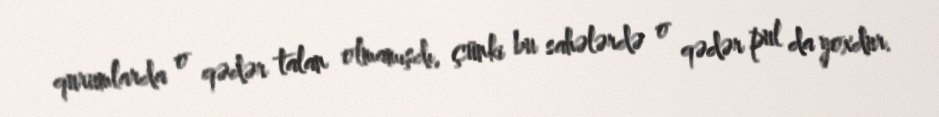
qurumlarda o qədər talan olmamışdı, çünki bu sahələrdə o qədər pul da yoxdur.